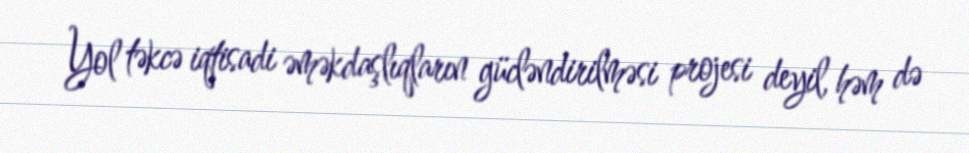
Yol təkcə iqtisadi əməkdaşlıqların gücləndirilməsi projesi deyil, həm də